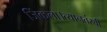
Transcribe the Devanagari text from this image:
जिंकला।त्यानतंरची